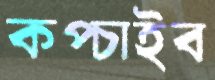
কপ্‌চাইব